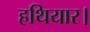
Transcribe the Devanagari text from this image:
हथियार।